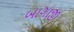
બાગાજી